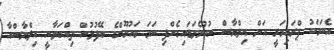
އެކަމަކު ޕްރައިމަރީ އަށް އިލްޔާސް ނުކުމެވަޑައިގެންފި ނަމަ މައުމޫންގެ ބޭފުޅުން ތިއްބަވާނީ އިލްޔާސްއާ